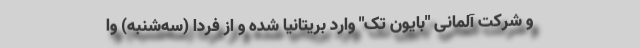
و شرکت آلمانی "بایون تک" وارد بریتانیا شده و از فردا (سه‌شنبه) وا